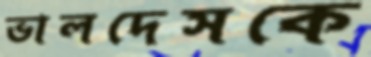
ভালদেসকে